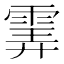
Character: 𩂽